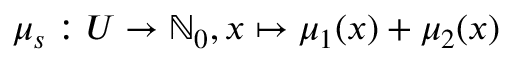
\mu _ { s } : U \rightarrow \mathbb { N } _ { 0 } , x \mapsto \mu _ { 1 } ( x ) + \mu _ { 2 } ( x )